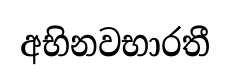
අභිනවභාරතී